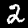
Digit: 2